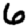
Digit: 6